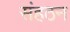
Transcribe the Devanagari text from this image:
संहठन